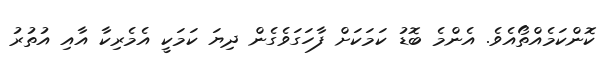
ކޮންކަމެއްތޯއެވެ. އެންމެ ބޮޑު ކަމަކަށް ފާހަގަވެގެން ދިޔަ ކަމަކީ އެމެރިކާ އާއި އުތުރު